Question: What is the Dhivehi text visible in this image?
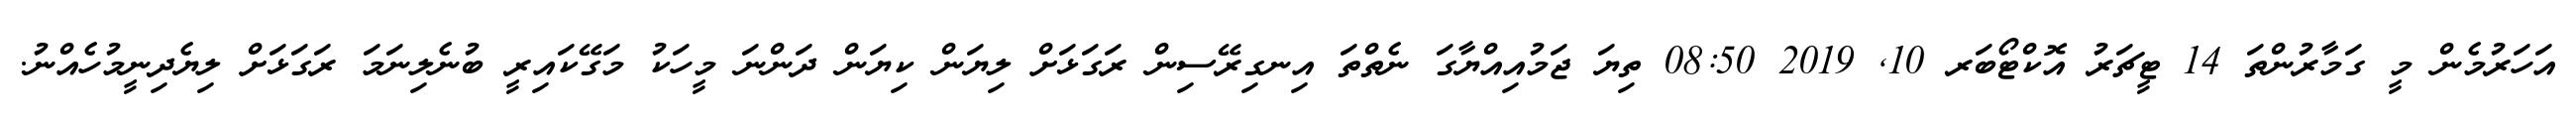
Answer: އަހަރުމެން މީ ގަމާރުންތަ 14 ޓީޗަރު އޮކްޓޯބަރ 10, 2019 08:50 ތިޔަ ޖަމުއިއްޔާގަ ނެތްތަ އިނގިރޭސިން ރަގަޅަށް ލިޔަން ކިޔަން ދަންނަ މީހަކު މަގޭކައިރީ ބުނެލިނަމަ ރަގަޅަށް ލިޔެދިނީމުހެއްނު.